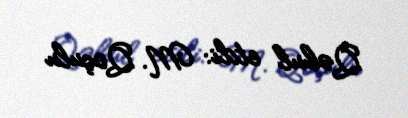
Qəbul etdi: M. Qoçulu